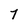
Character: 7